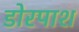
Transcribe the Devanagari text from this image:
डोरपाश